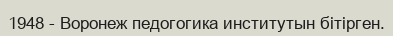
1948 - Воронеж педогогика институтын бітірген.